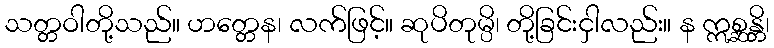
သတ္တဝါတို့သည်။ ဟတ္တေန၊ လက်ဖြင့်။ ဆုပိတုမ္ပိ၊ တို့ခြင်းငှါလည်း။ န ဣစ္ဆန္တိ၊